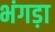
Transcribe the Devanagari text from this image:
भंगड़ा